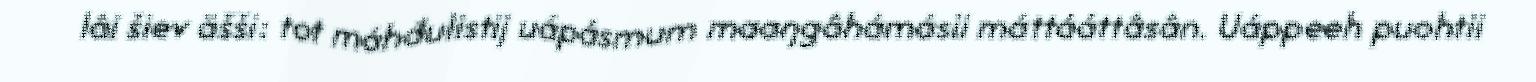
lâi šiev äšši: tot máhđulistij uápásmum maaŋgâhámásii máttááttâsân. Uáppeeh puohtii